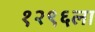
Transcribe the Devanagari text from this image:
१२९६ला